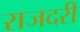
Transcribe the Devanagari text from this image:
राजदरी